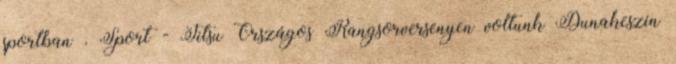
sportban . Sport - Jitsu Országos Rangsorversenyen voltunk Dunakeszin